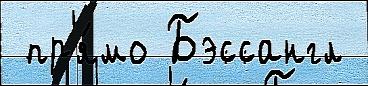
 пр'я́мо Бэссангл